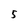
Character: 5